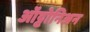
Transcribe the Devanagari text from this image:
ऑट्टोनिअन